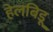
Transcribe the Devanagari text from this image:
हेलबिड़ू